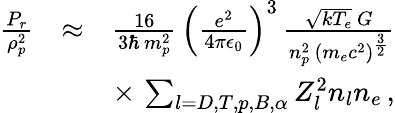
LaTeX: \begin{array}{rlr}{\frac{P_{r}}{\rho_{p}^{2}}}&{\approx}&{\frac{16}{3\hbar\, m_{p}^{2}}\, \left(\frac{e^{2}}{4\pi\epsilon_{0}}\right)^{3}\, \frac{\sqrt{kT_{e}}\, G}{n_{p}^{2}\, \left(m_{e}c^{2}\right)^{\frac{3}{2}}}}\\ &{}&{\times\, \sum_{l=D,T,p,B,\alpha}Z_{l}^{2}n_{l}n_{e}\, ,}\end{array}